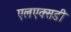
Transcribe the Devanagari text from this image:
एलएक्सडी